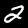
Digit: 2